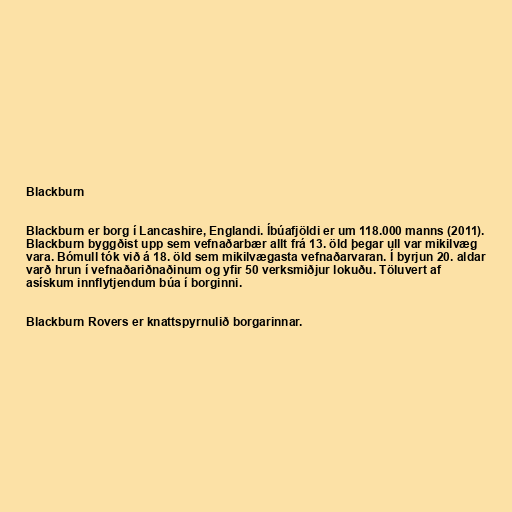
Blackburn

Blackburn er borg í Lancashire, Englandi. Íbúafjöldi er um 118.000 manns (2011).
Blackburn byggðist upp sem vefnaðarbær allt frá 13. öld þegar ull var mikilvæg
vara. Bómull tók við á 18. öld sem mikilvægasta vefnaðarvaran. Í byrjun 20. aldar
varð hrun í vefnaðariðnaðinum og yfir 50 verksmiðjur lokuðu. Töluvert af
asískum innflytjendum búa í borginni.

Blackburn Rovers er knattspyrnulið borgarinnar.